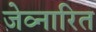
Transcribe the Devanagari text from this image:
जेव्नारित